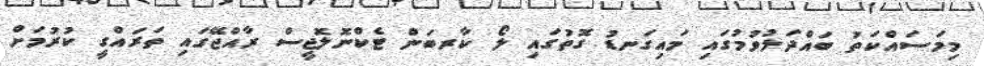
މިމަސައްކަތު ބައްދަލުވުމުގައި މައިގަނޑު ގޮތުގައި ލޯ ކާރބަން ޓެކްނޮލޮޖީސް ރާއްޖޭގައި ތަރައްގީ ކުރުމަށް